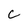
Character: C